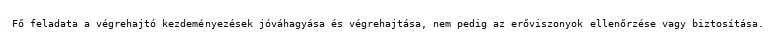
Fő feladata a végrehajtó kezdeményezések jóváhagyása és végrehajtása, nem pedig az erőviszonyok ellenőrzése vagy biztosítása.